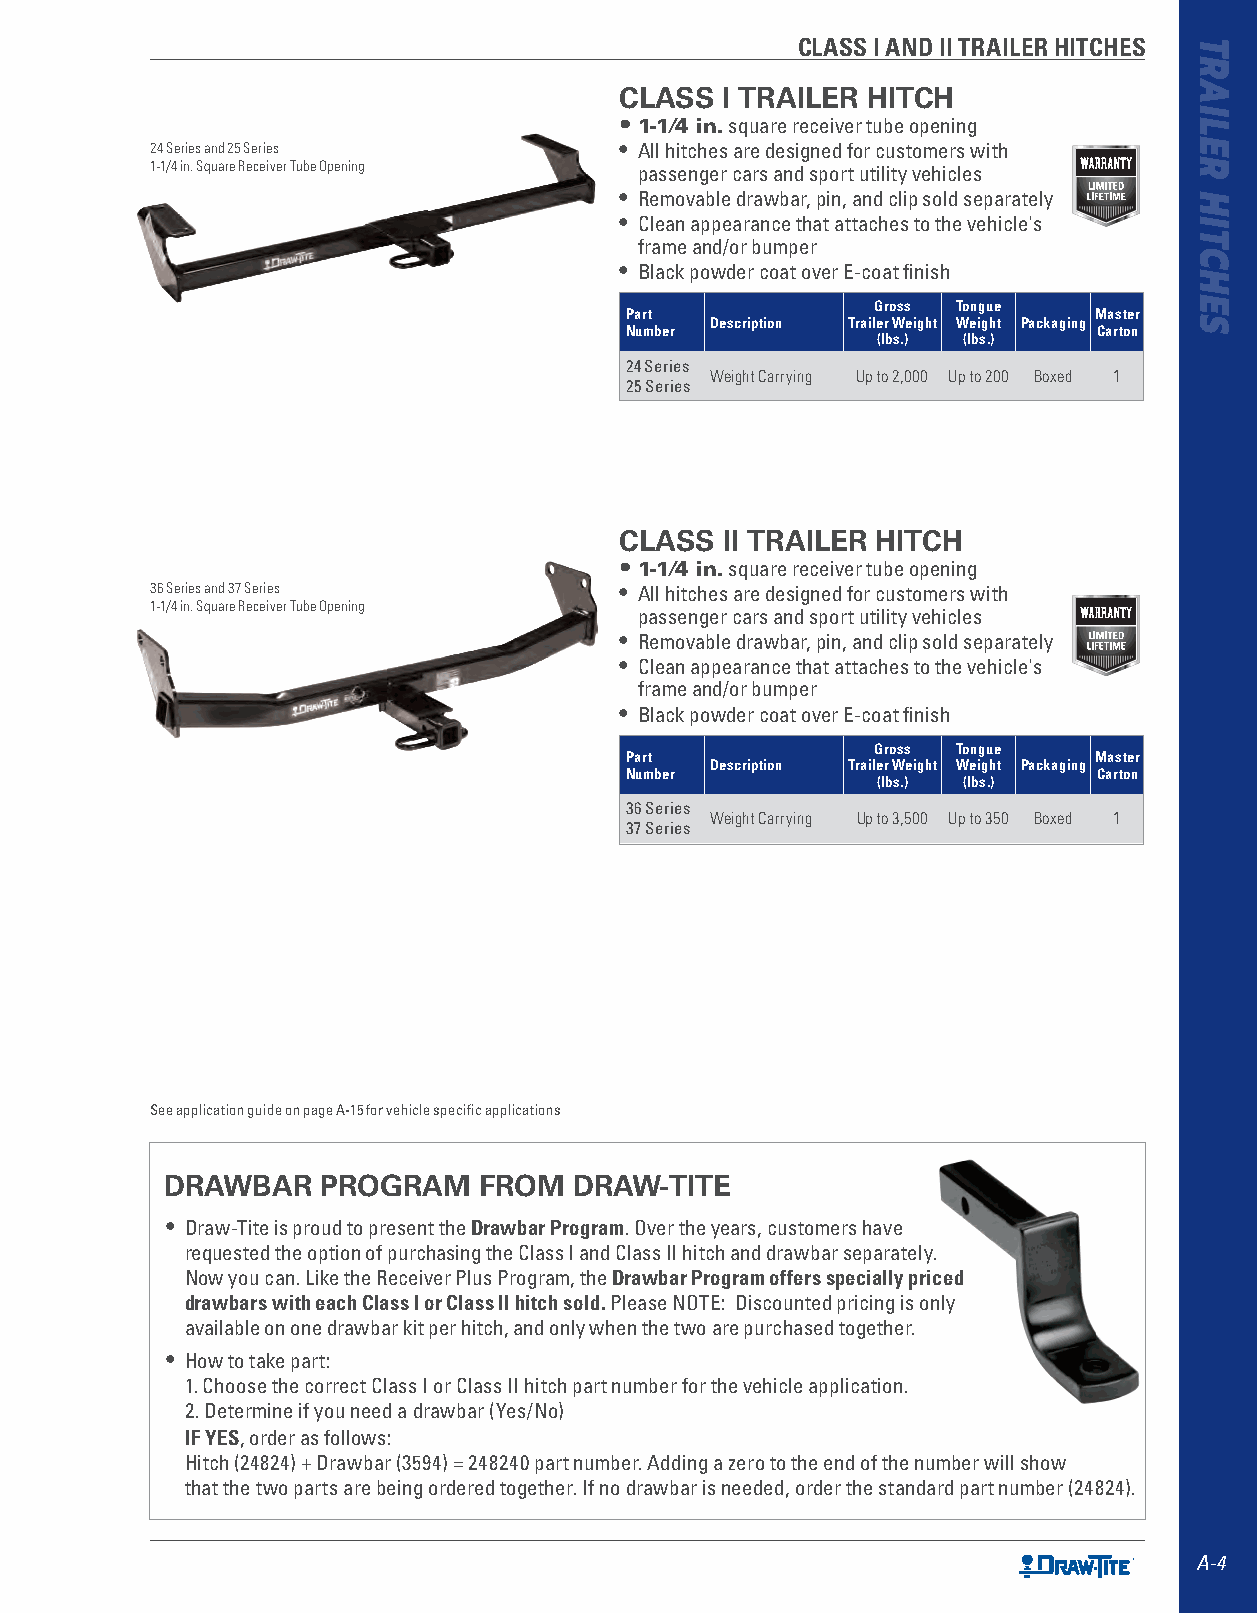
CLASS I AND II TRAILER HITCHES
 CLASS  I TRAILER HITCH
 • 1-1⁄4 in. square receiver tube opening
 24 Series and 25 Series        • All hitches are designed for customers with
 1-1/4 in. Square Receiver Tube Opening passenger cars and sport utility vehicles
 • Removable drawbar, pin, and clip sold separately
 • Clean appearance that attaches to the vehicle's
 frame and/or bumper
 • Black powder coat over E-coat finish
 Gross Tongue
 Part                           Master
 Description Trailer Weight Weight Packaging
 Number                          Carton
 (lbs.) (lbs.)
 24 Series
 Weight Carrying Up to 2,000 Up to 200 Boxed 1
 25 Series
 CLASS  II TRAILER HITCH
 • 1-1⁄4 in. square receiver tube opening
 36 Series and 37 Series        • All hitches are designed for customers with
 1-1/4 in. Square Receiver Tube Opening
 passenger cars and sport utility vehicles
 • Removable drawbar, pin, and clip sold separately
 • Clean appearance that attaches to the vehicle's
 frame and/or bumper
 • Black powder coat over E-coat finish
 Gross Tongue
 Part                           Master
 Description Trailer Weight Weight Packaging
 Number                          Carton
 (lbs.) (lbs.)
 36 Series
 Weight Carrying Up to 3,500 Up to 350 Boxed 1
 37 Series
 See application guide on page A-15 for vehicle specific applications
 DRAWBAR   PROGRAM    FROM  DRAW-TITE
 • Draw-Tite is proud to present the Drawbar Program . Over the years, customers have
 requested the option of purchasing the Class I and Class II hitch and drawbar separately .
 Now you can . Like the Receiver Plus Program, the Drawbar Program offers specially priced
 drawbars with each Class I or Class II hitch sold. Please NOTE: Discounted pricing is only
 available on one drawbar kit per hitch, and only when the two are purchased together .
 • How to take part:
 1 . Choose the correct Class I or Class II hitch part number for the vehicle application .
 2 . Determine if you need a drawbar (Yes/No)
 IF YES, order as follows:
 Hitch (24824) + Drawbar (3594) = 248240 part number . Adding a zero to the end of the number will show
 that the two parts are being ordered together . If no drawbar is needed, order the standard part number (24824) .
 A-4
 TRAILER
 HITCHES